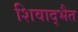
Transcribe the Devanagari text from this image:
शिवाद्भैत